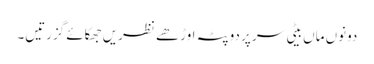
دونوں ماں بیٹی سر پر دوپٹہ اوڑھے نظریں جھکائے گزرتیں۔